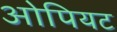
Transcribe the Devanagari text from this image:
ओपियट